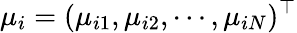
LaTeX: \mu_{i}=(\mu_{i1},\mu_{i2},\cdots,\mu_{iN})^{\top}